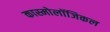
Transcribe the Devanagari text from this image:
कास्मोलॉजिकल